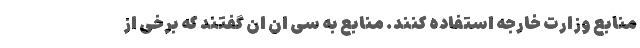
منابع وزارت خارجه استفاده کنند. منابع به سی ان ان گفتند که برخی از